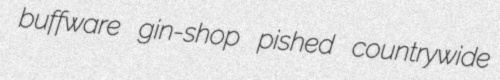
buffware gin-shop pished countrywide